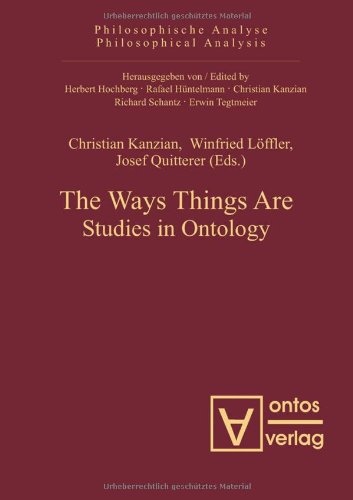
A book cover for The Way Things Are: Studies in Ontology (Philosophische Analyse / Philosophical Analysis); Politics & Social Sciences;